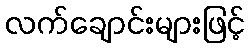
လက်ချောင်းများဖြင့်